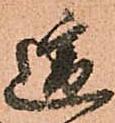
遥